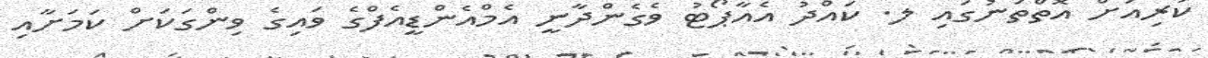
ކުރިއަށް އޮތްތަނުގައި ލ. ކައްދު އެއާޕޯޓު ވެގެންދާނީ އެމްއެންޑީއެފްގެ ވައިގެ ވިންގަކަށް ކަމަށާއި